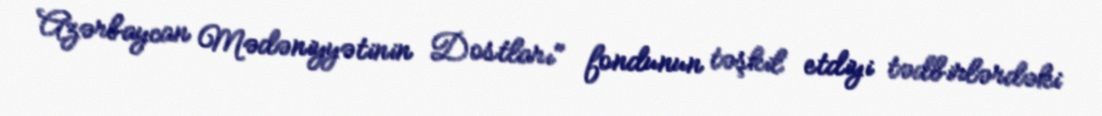
Azərbaycan Mədəniyyətinin Dostları" fondunun təşkil etdiyi tədbirlərdəki